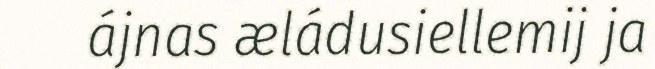
ájnas æládusiellemij ja